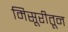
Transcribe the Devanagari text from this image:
मिसूरीतून